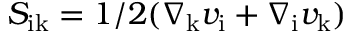
S _ { \mathrm { i k } } = 1 / 2 ( \nabla _ { \mathrm { k } } v _ { \mathrm { i } } + \nabla _ { \mathrm { i } } v _ { \mathrm { k } } )